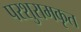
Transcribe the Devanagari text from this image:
परशुरामकृत